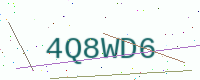
Text: 4Q8WD6